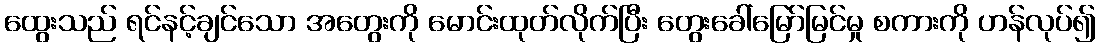
ထွေးသည် ရင်နင့်ချင်သော အတွေးကို မောင်းထုတ်လိုက်ပြီး တွေးခေါ်မြော်မြင်မှု စကားကို ဟန်လုပ်၍